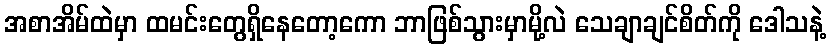
အစာအိမ်ထဲမှာ ထမင်းတွေရှိနေတော့ကော ဘာဖြစ်သွားမှာမို့လဲ သေချာချင်စိတ်ကို ဒေါသနဲ့